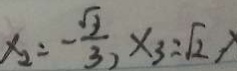
x _ { 2 } = - \frac { \sqrt { 3 } } { 3 } , x 3 = \sqrt { 2 } ,